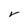
Character: V